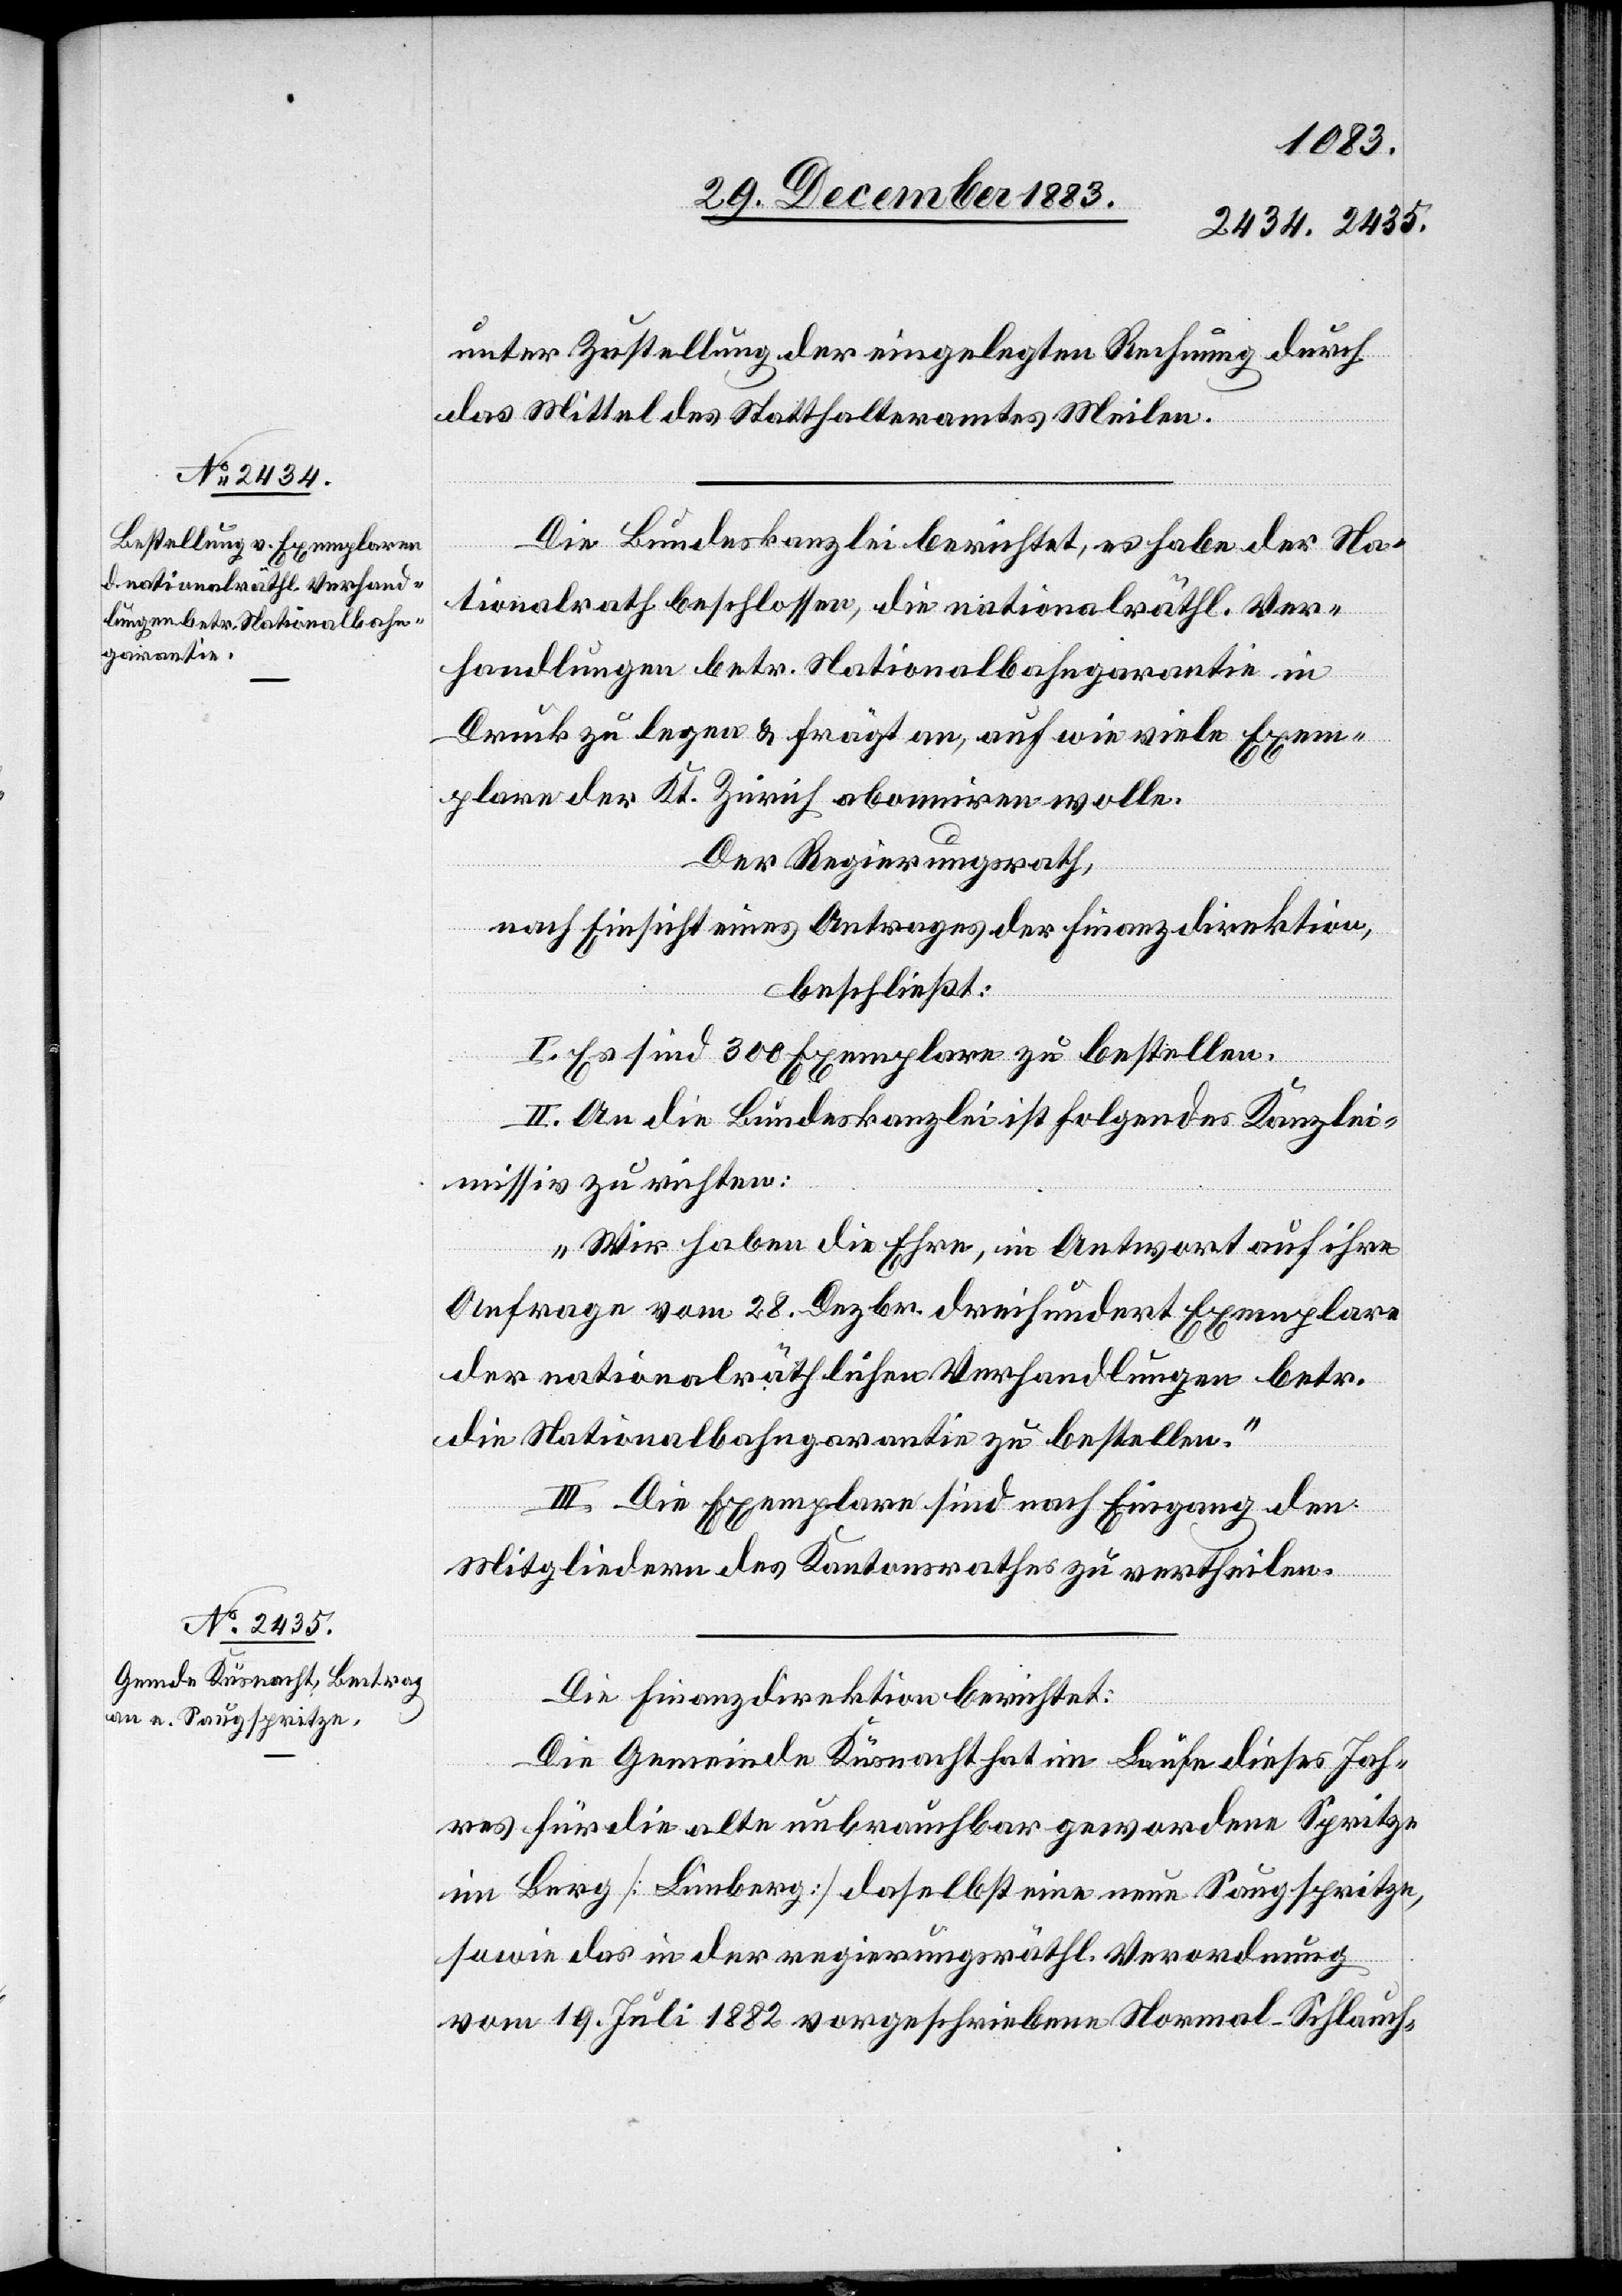
31. December 1883.]
unter Zustellung der eingelegten Rechnung durch
das Mittel des Statthalteramtes Meilen.
Die Bundeskanzlei berichtet, es habe der Na¬
tionalrath beschlossen, die nationalräthl. Ver¬
handlungen betr. Nationalbahngarantie in
Druck zu legen & frägt an, auf wie viele Exem¬
plare der Kt. Zürich abonniren wolle.
Der Regierungsrath,
nach Einsicht eines Antrage der Finanzdirektion,
beschließt:
I. Es sind 300 Exemplare zu bestellen.
II. An die Bundeskanzlei ist folgendes Kanzlei¬
missiv zu richten:
„Wir haben die Ehre, in Antwort auf ihre
Anfrage vom 28. Dezbr. dreihundert Exemplare
der nationalräthlichen Verhandlungen betr.
die Nationalbahngarantie zu bestellen.“
III. Die Exemplare sind nach Eingang den
Mitgliedern des Kantonsrathes zu vertheilen.
Die Finanzdirektion berichtet:
Die Gemeinde Küsnacht hat im Laufe dieses Jah¬
res für die alte unbrauchbar gewordene Spritze
im Berg [Limberg] daselbst eine neue Saugspritze,
sowie das in der regierungsräthl. Verordnung
vom 19. Juli 1882 vorgeschriebene Normal-Schlauch-